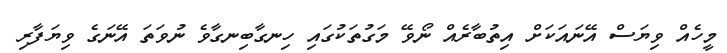
މީހެއް ވިޔަސް އޭނައަކަށް އިތުބާރެއް ނޯވޭ މަގުތަކުގައި ހިނގާބިނގާވެ ނުވަތަ އޭނަގެ ވިޔަފާރި